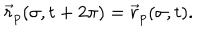
\vec { r } _ { p } ( \sigma , t + 2 \pi ) = \vec { r } _ { p } ( \sigma , t ) .